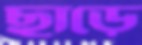
ছাড়ে